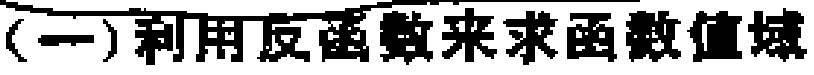
（一）利用反函数来求函数值域